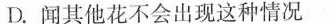
D.闻其他花不会出现这种情况